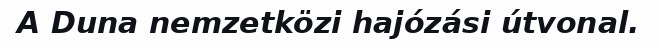
A Duna nemzetközi hajózási útvonal.